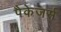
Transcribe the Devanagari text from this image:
पैकेजर्स